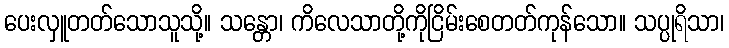
ပေးလှူတတ်သောသူသို့။ သန္တော၊ ကိလေသာတို့ကိုငြိမ်းစေတတ်ကုန်သော။ သပ္ပုရိသာ၊